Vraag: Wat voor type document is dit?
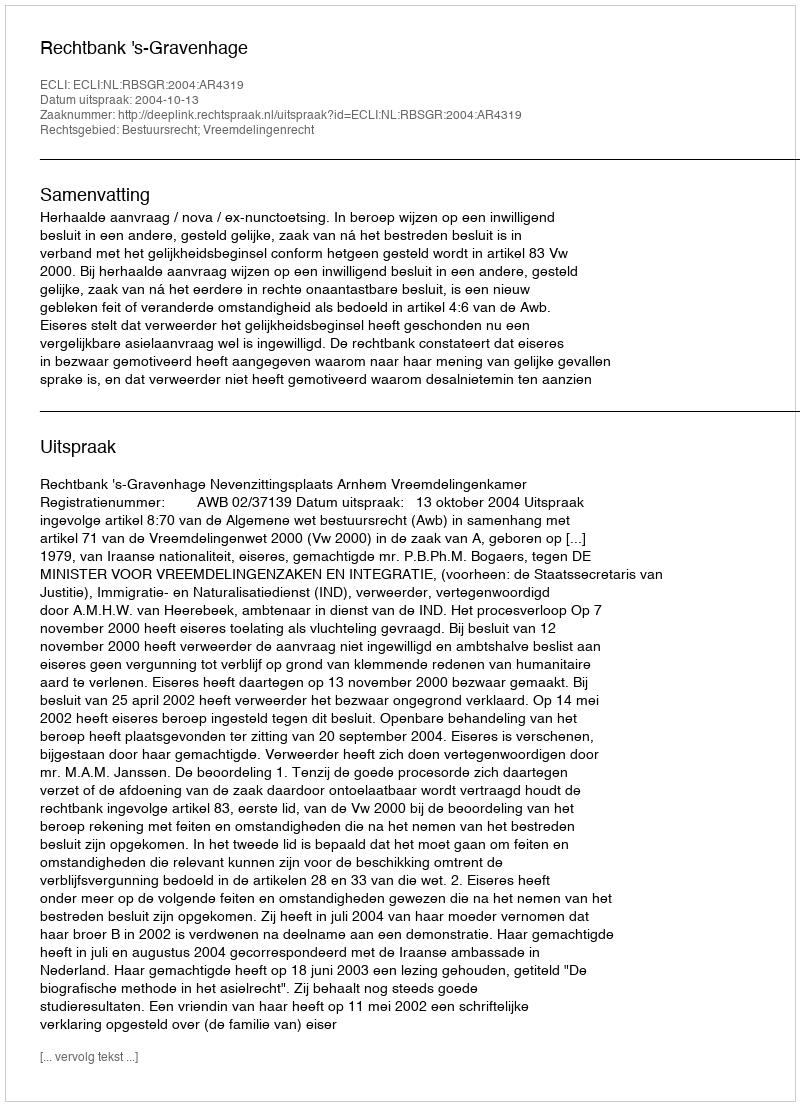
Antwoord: Uitspraak